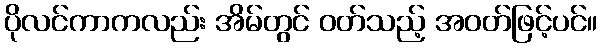
ပိုလင်ကာကလည်း အိမ်တွင် ဝတ်သည့် အဝတ်ဖြင့်ပင်။